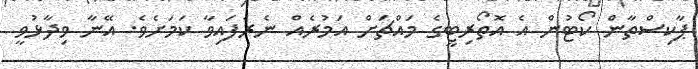
ޕާކިސްތާން ކޯޓުން އެ އޮތޯރިޓީގެ މައްޗަށް އަމުރެއް ނެރެފައިވާ ކަމަށެވެ. އޭނާ ވިދާޅުވީ